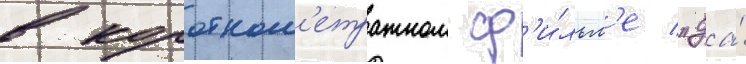
в коротком'етражном ф'и́льм'е "да́